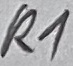
Text: R1